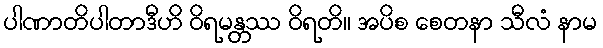
ပါဏာတိပါတာဒီဟိ ဝိရမန္တဿ ဝိရတိ။ အပိစ စေတနာ သီလံ နာမ